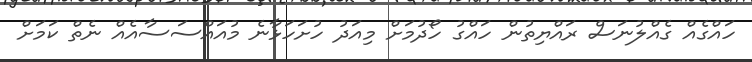
ހައްގެއް ގެއްލުނަސް ރައްޔިތުން ހައްގު ހޯދުމަށް މިއަދު ހުށަހަޅާނެ މުއައްސަސާއެއް ނެތް ކަަމަށް